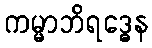
ကမ္မာဘိရဒ္ဓေန